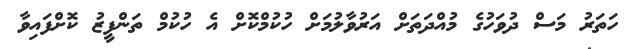
ހަތަރު މަސް ދުވަހުގެ މުއްދަތަށް އަރުވާލުމަށް ހުކުމްކޮށް އެ ހުކުމް ތަންފީޒު ކޮށްފައިވާ